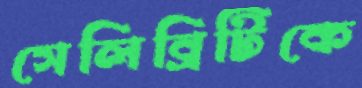
সেলিব্রিটিকে